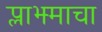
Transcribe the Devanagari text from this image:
प्लाझ्माचा